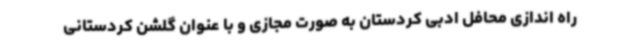
راه اندازی محافل ادبی کردستان به صورت مجازی و با عنوان گلشن کردستانی